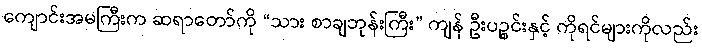
ကျောင်းအမကြီးက ဆရာတော်ကို “သား စာချဘုန်းကြီး” ကျန် ဦးပဉ္စင်းနှင့် ကိုရင်များကိုလည်း